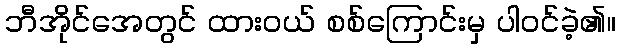
ဘီအိုင်အေတွင် ထားဝယ် စစ်ကြောင်းမှ ပါဝင်ခဲ့၏။